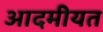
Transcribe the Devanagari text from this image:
आदमीयत